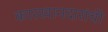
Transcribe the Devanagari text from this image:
कारखानदारांची